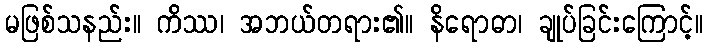
မဖြစ်သနည်း။ ကိဿ၊ အဘယ်တရား၏။ နိရောဓာ၊ ချုပ်ခြင်းကြောင့်။